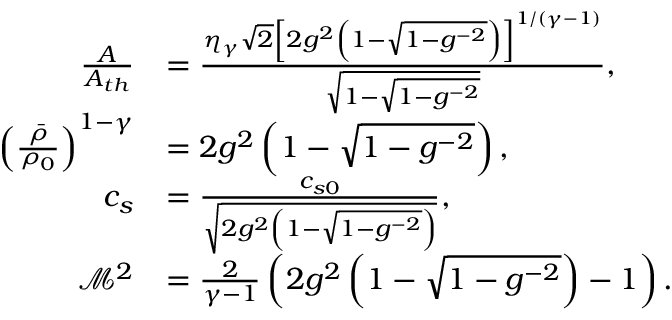
\begin{array} { r l } { \frac { A } { A _ { t h } } } & { = \frac { \eta _ { \gamma } \sqrt { 2 } \left[ 2 g ^ { 2 } \left( 1 - \sqrt { 1 - g ^ { - 2 } } \right) \right] ^ { 1 / ( \gamma - 1 ) } } { \sqrt { 1 - \sqrt { 1 - g ^ { - 2 } } } } , } \\ { \left( \frac { \bar { \rho } } { \rho _ { 0 } } \right) ^ { 1 - \gamma } } & { = 2 g ^ { 2 } \left( 1 - \sqrt { 1 - g ^ { - 2 } } \right) , } \\ { c _ { s } } & { = \frac { c _ { s 0 } } { \sqrt { 2 g ^ { 2 } \left( 1 - \sqrt { 1 - g ^ { - 2 } } \right) } } , } \\ { \mathcal { M } ^ { 2 } } & { = \frac { 2 } { \gamma - 1 } \left( 2 g ^ { 2 } \left( 1 - \sqrt { 1 - g ^ { - 2 } } \right) - 1 \right) . } \end{array}